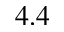
4 . 4